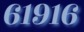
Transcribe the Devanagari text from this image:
६१९१६